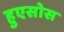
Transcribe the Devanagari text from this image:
हुएसोस